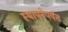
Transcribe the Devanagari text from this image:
स्थापनेपर्यंत